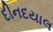
દીનદયાલ